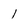
Character: l